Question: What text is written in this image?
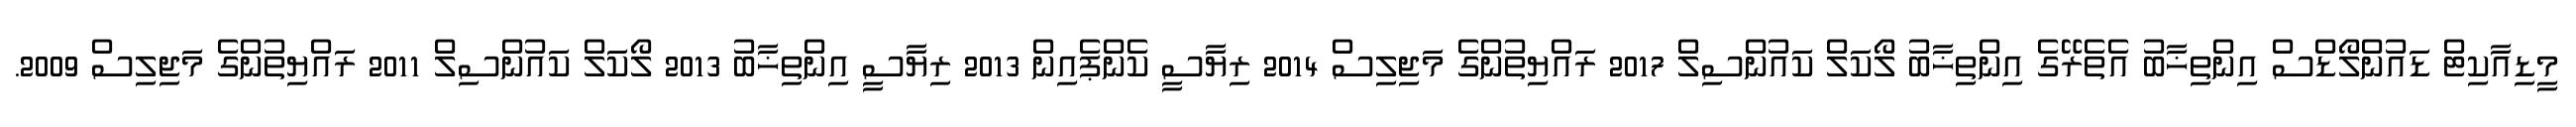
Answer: މީޑިއާކިޓް ޑައުންލޯޑްސް އިންތިޚާބު އެތެރޭގެ އިންތިޚާބު ލޯކަލް ކައުންސިލް 2017 ރައްޔިތުންގެ މަޖިލިސް 2014 ރިޔާސީ ކެންޕެއިން 2013 ރިޔާސީ އިންތިޚާބު 2013 ލޯކަލް ކައުންސިލް 2011 ރައްޔިތުންގެ މަޖިލިސް 2009.